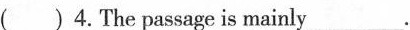
( )4.The passage is mainly___.